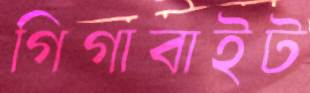
গিগাবাইট